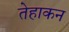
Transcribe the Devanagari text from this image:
तेहाकन